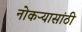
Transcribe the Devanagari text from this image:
नोकऱ्यासांठी